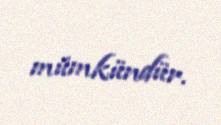
mümkündür.